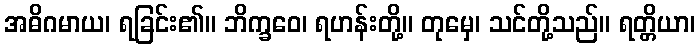
အဓိဂမာယ၊ ရခြင်း၏။ ဘိက္ခဝေ၊ ရဟန်းတို့။ တုမှေ၊ သင်တို့သည်။ ရတ္တိယာ၊